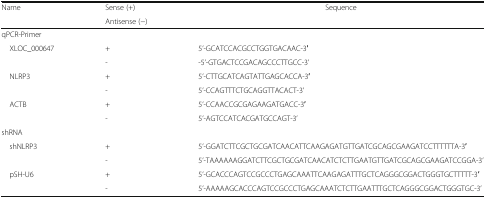
<table><thead><tr><td rowspan="2"><b>Name</b></td><td><b>Sense (+)</b></td><td rowspan="2"><b>Sequence</b></td></tr><tr><td><b>Antisense (−)</b></td></tr></thead><tbody><tr><td colspan="3">qPCR-Primer</td></tr><tr><td rowspan="2"> XLOC_000647</td><td>+</td><td>5’-GCATCCACGCCTGGTGACAAC-3′</td></tr><tr><td>-</td><td>-5’-GTGACTCCGACAGCCCTTGCC-3’</td></tr><tr><td rowspan="2"> NLRP3</td><td>+</td><td>5’-CTTGCATCAGTATTGAGCACCA-3′</td></tr><tr><td>-</td><td>5’-CCAGTTTCTGCAGGTTACACT-3’</td></tr><tr><td rowspan="2"> ACTB</td><td>+</td><td>5’-CCAACCGCGAGAAGATGACC-3′</td></tr><tr><td>-</td><td>5’-AGTCCATCACGATGCCAGT-3’</td></tr><tr><td colspan="3">shRNA</td></tr><tr><td rowspan="2"> shNLRP3</td><td>+</td><td>5’-GGATCTTCGCTGCGATCAACATTCAAGAGATGTTGATCGCAGCGAAGATCCTTTTTTA-3′</td></tr><tr><td>-</td><td>5’-TAAAAAAGGATCTTCGCTGCGATCAACATCTCTTGAATGTTGATCGCAGCGAAGATCCGGA-3’</td></tr><tr><td rowspan="2"> pSH-U6</td><td>+</td><td>5’-GCACCCAGTCCGCCCTGAGCAAATTCAAGAGATTTGCTCAGGGCGGACTGGGTGCTTTTT-3′</td></tr><tr><td>-</td><td>5’-AAAAAGCACCCAGTCCGCCCTGAGCAAATCTCTTGAATTTGCTCAGGGCGGACTGGGTGC-3’</td></tr></tbody></table>